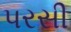
પરસી